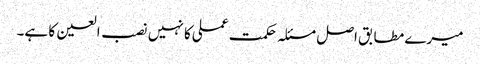
میرے مطابق اصل مسئلہ حکمت عملی کا نہیں نصب العین کا ہے۔